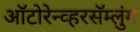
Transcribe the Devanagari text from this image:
ऑटोरेन्व्हरसॅम्लुंग